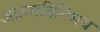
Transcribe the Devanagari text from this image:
अक्रमविनिमय